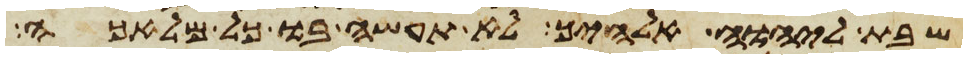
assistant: שבת ליהוה אלהיך לא תעשה בו כל מלאכה